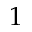
1